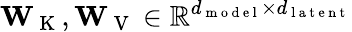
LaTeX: \mathbf{W}_{\mathrm{~K~}},\mathbf{W}_{\mathrm{~V~}}\in\mathbb{R}^{d_{\mathrm{~m~o~d~e~l~}}\times d_{\mathrm{~l~a~t~e~n~t~}}}